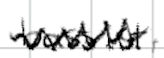
Text: bassist,
Cross-out: zig-zag
Writing tool: digital_black